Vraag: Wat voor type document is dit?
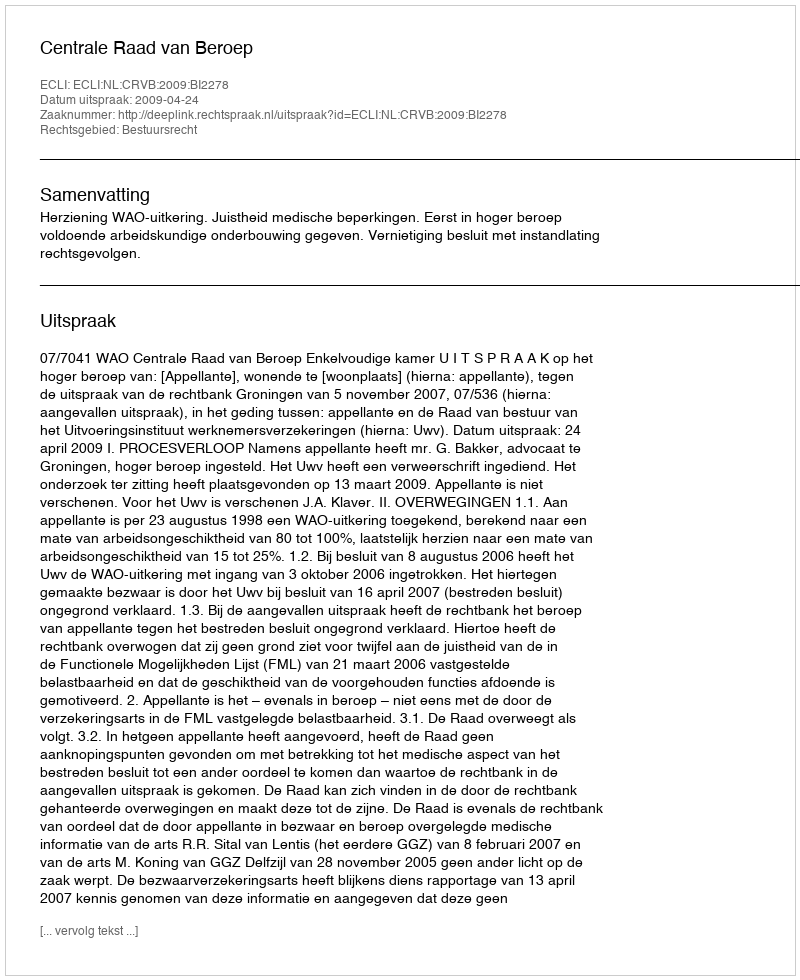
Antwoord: Uitspraak